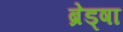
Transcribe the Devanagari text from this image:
ब्रेड्षा